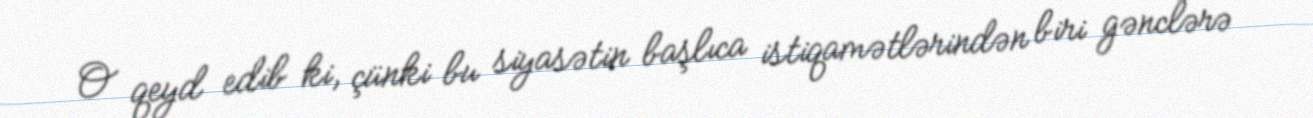
O qeyd edib ki, çünki bu siyasətin başlıca istiqamətlərindən biri gənclərə